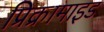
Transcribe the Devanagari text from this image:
प्रिक्रामाइड